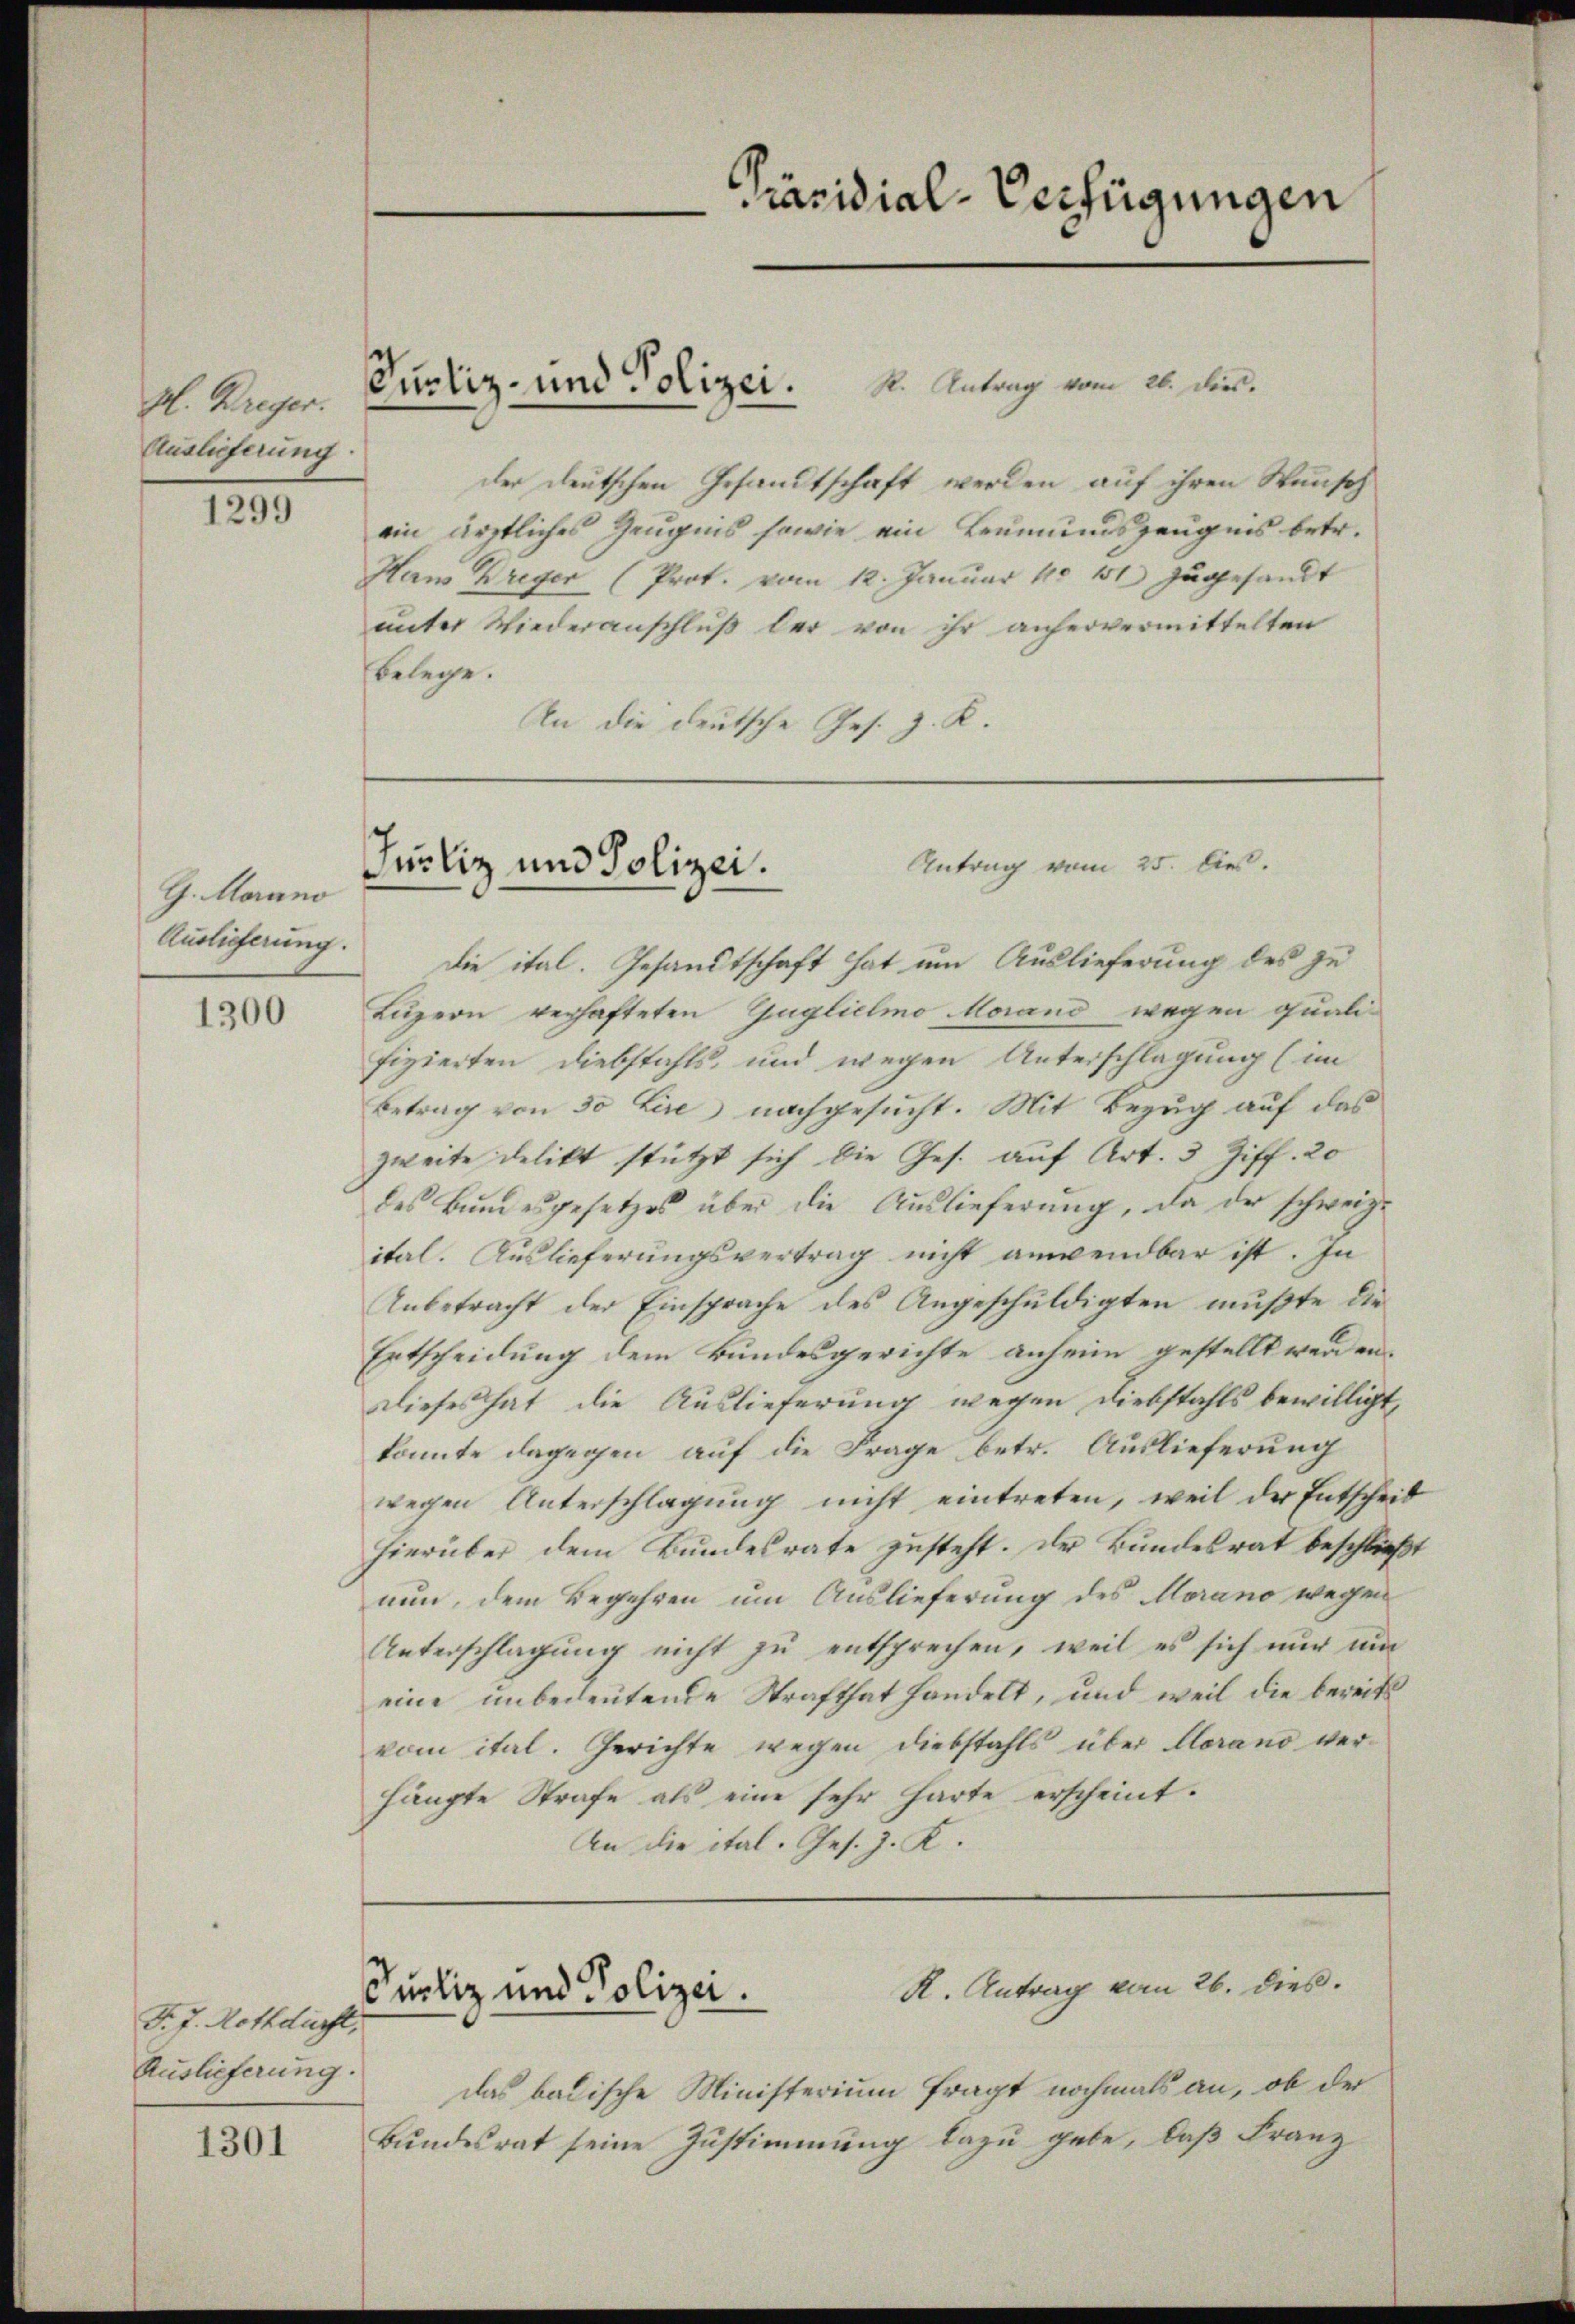
H. Kreyer.
Auslieferung.

1299

1300

1301

G. Morano
Auslieferung.

F. J. Rothdurst,
Auslieferung.

der deutschen Gesandtschaft werden auf ihren Wunsch
ein ärztliches Zeugnis sowie ein Leumundszeugnis betr.
Hans Dreyer (Prot. vom 12. Januar 10 11) zugesandt
unter Wiederanschluß bei von ihr anhervermittelten
belege.
An die deutsche Ges. z. R.

Die ital. Gesandtschaft hat um Auslieferung des zu
Luzern verhafteten Guglichmo Morand wegen quali-
fizierten Diebstahls und wegen Unterschlagung (im
Betrag von 30 Lire nachgesucht. Mit Bezug auf das
zweite delikt stützt sich die Ges. auf Art. 3 Ziff. 20
des Bundesgesetzes über die Auslieferung, da der schweiz.
ital. Auslieferungsvertrag nicht anwendbar ist. In
Unbetracht der Einsprache des Angeschuldigten mußte die
Entscheidung dem Bundesgerichte anheim gestellt werden.
Dieses hat, die Auslieferung wegen Diebstahls bewilligt,
konnte dagegen auf die Frage betr. Auslieferung
wegen Unterschlagung nicht eintreten, weil der Entscheid
hierüber dem Bundesrate zusteht. Der Bundesrat beschließt
nun, dem Begehren um Auslieferung des Morano wegen
Unterschlagung nicht zŭ entsprechen, weil es sich nŭr ŭm
eine unbedeutende Strafthat handelt, und weil die bereits
vom ital. Gerichte wegen Diebstahls über Clorano verhängte Strafe als eine sehr harte erscheint.
An die ital. Ges. z. K.

Zustiz- und Polizei. K. Antrag vom 26. Dies

das badische Ministerium fragt nochmals an, ob der
Bŭndesrat seine Zustimmung dazu gebe, daß Franz

Präsidial-Verfügungen

Antrag vom 25. Jes.
Justiz und Polizei.

R. Antrag vom 26. dieß.
Purliz und Polizei.